Leaving Certificate Examination (including Day School Certificate (Higher) General paper), 1933
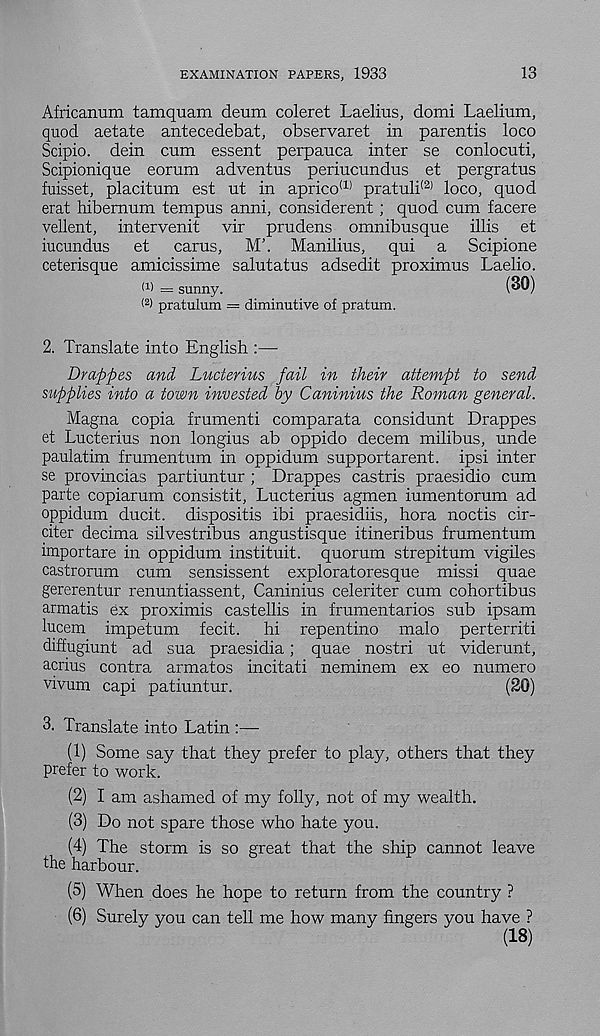
EXAMINATION PAPERS, 1933
13
Africanum tamquam deum coleret Laelius, domi Laelium,
quod aetate antecedebat, observaret in parentis loco
Scipio. dein cum essent perpauca inter se conlocuti,
Scipionique eorum adventus periucundus et pergratus
fuisset, placitum est ut in aprico (1) pratuli (2) loco, quod
erat hibemum tempus anni, considerent ; quod cum facere
vellent, intervenit vir prudens omnibusque illis et
iucundus et cams, M’. Manilius, qui a Scipione
ceterisque amicissime salutatus adsedit proximus Laelio.
d) — sunny.
(2 > pratulum = diminutive of pratum.
2. Translate into English :—
Drappes and Lucterius fail in their attempt to send
supplies into a town invested by Caninius the Roman general.
Magna copia frumenti comparata considunt Drappes
et Lucterius non longius ab oppido decern milibus, unde
paulatim frumentum in oppidum supportarent. ipsi inter
se provincias partiuntur ; Drappes castris praesidio cum
parte copiarum consistit, Lucterius agmen iumentorum ad
oppidum ducit. dispositis ibi praesidiis, hora noctis cir-
citer decima silvestribus angustisque itineribus frumentum
importare in oppidum instituit. quorum strepitum vigiles
castrorum cum sensissent exploratoresque missi quae
gererentur renuntiassent, Caninius celeriter cum cohortibus
armatis ex proximis castellis in frumentarios sub ipsam
lucem impetum fecit, hi repentino malo perterriti
diffugiunt ad sua praesidia; quae nostri ut viderunt,
acrius contra armatos incitati neminem ex eo numero
vivum capi patiuntur.
(20)
3. Translate into Latin :—
(1) Some say that they prefer to play, others that they
prefer to work.
(2) I am ashamed of my folly, not of my wealth.
(3) Do not spare those who hate you.
(4) The storm is so great that the ship cannot leave
the harbour.
(5) When does he hope to return from the country ?
(6) Surely you can tell me how many fingers you have ?
(18)